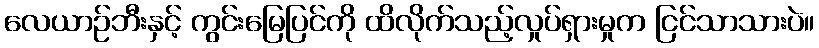
လေယာဉ်ဘီးနှင့် ကွင်းမြေပြင်ကို ထိလိုက်သည့်လှုပ်ရှားမှုက ငြင်သာသားပဲ။